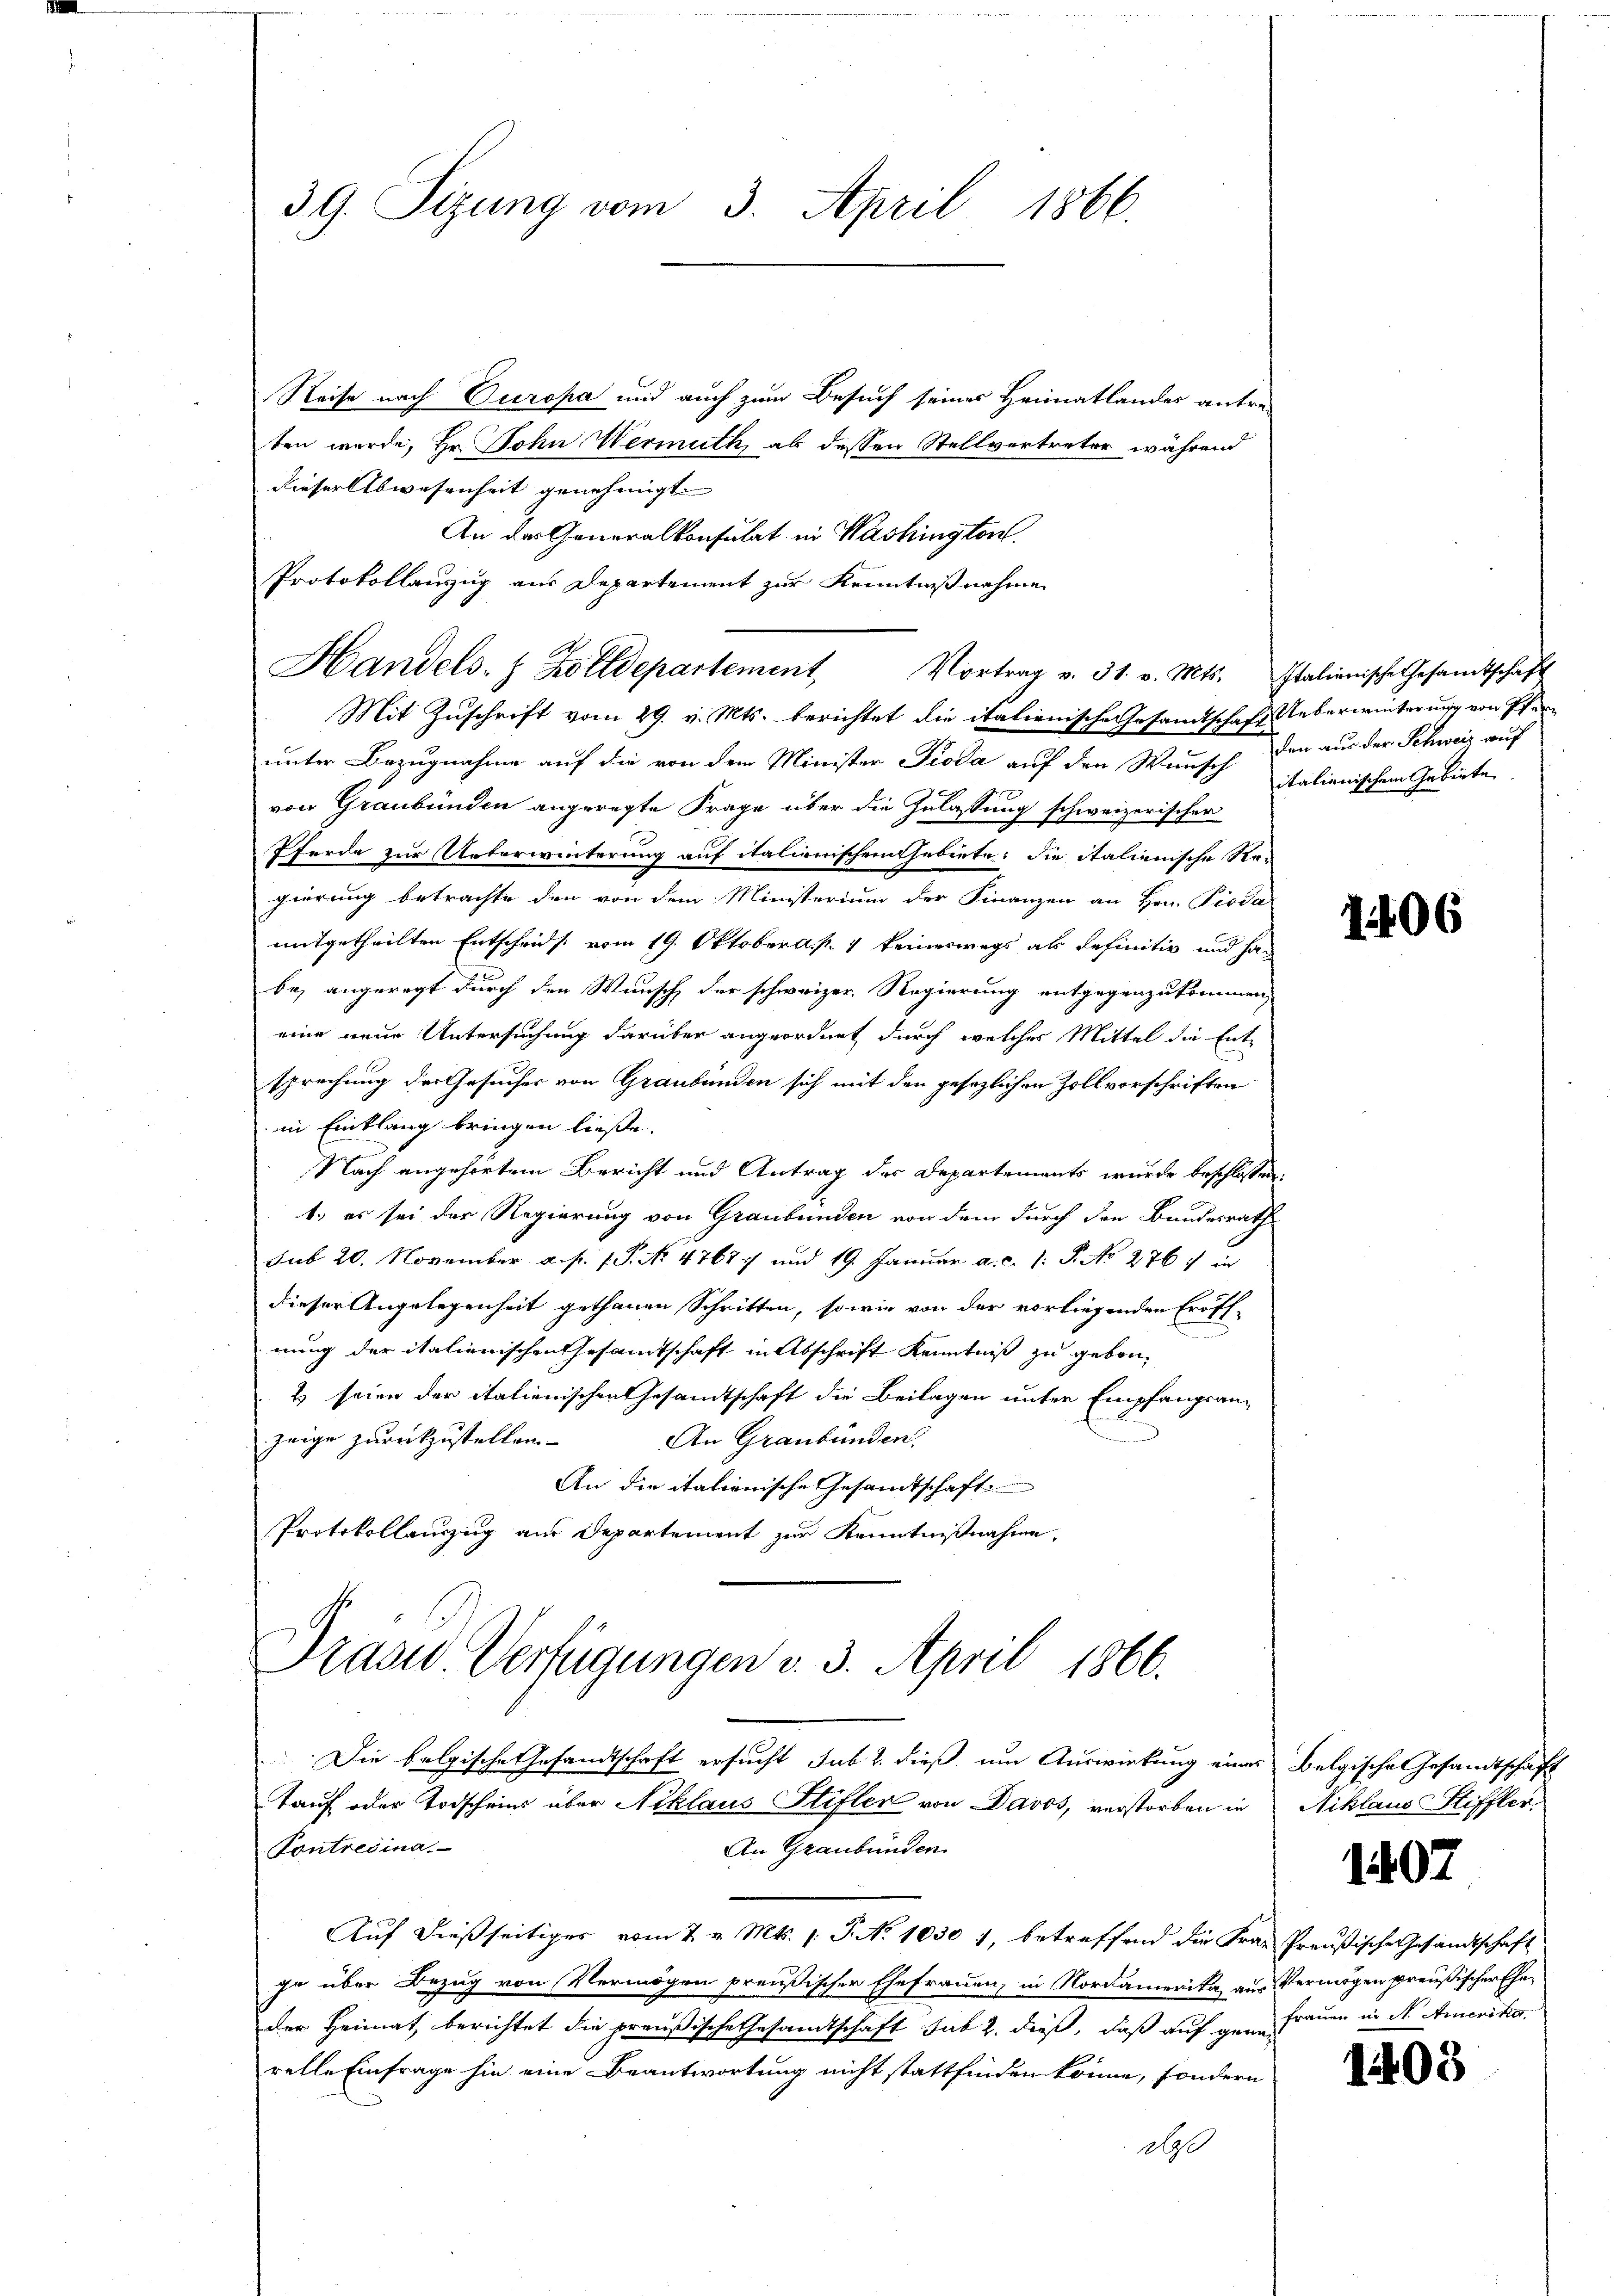
39. Sizung vom 3. April 1866.

Reise nach Europa und auch zum Besuch seines Heimatlandes antre-
ten wurde, Hr. John Hermuth, ab dessen Stellvertreter während
dieser Abwesenheit genehmigt.
An der Generalkonsulat in Washington
Protokollauszug aus Departement zur Kenntnißnahme
Mit Zuschrift vom 29. v. Mts. berichtet die italienische Gesandtschaft Ueberwinterung von Pf
unter Bezugnahme auf die von dem Minister Pioda auf den Wunsch den aus der Schweiz auf
von Graubünden angeregte Frage über die Zulassung schweizerischer
Pferde zur Ueberwinterung auf italienischen Gebiete: die italienische Re-
gierung betrachte den von dem Ministerium der Finanzen an Hrn. Pioda
mitgetheilten Entscheids vom 19. Oktobers keineswegs als definitiv und ha
be, angeregt durch der Wunsch der schweizer Regierung entgegenzukommen,
eine neue Untersuchung darüber angeordnet durch welcher Mittel die Entsprechung der Gesucher von Graubünden sich mit den gesezlichen Zollvorschriften
in Einklang bringen ließe.
Nach angehörtem Bericht und Antrag des Departements wurde beschlossen:
1. es sei der Regierung von Graubünden von dem durch den Bundesrath
sub 20. November a. p. 1. P. No 47677 und 19. Januar a. c. 1 S. No 276.
dieser Angelegenheit gethanen Schritten, sowie von der vorliegenden Eröff-
nung der italienischen Gesammtschaft in Abschrift Kenntniß zu gebor¬
& seien der italienischen Gesandtschaft die Beilagen unter Empfangsan-
zeige zurückzustellen.
An Graubünden.
An die itationische Gesandtschaft
Protokollenzug aus Departement zur Kenntnißnahme,

Handels- & Zolldepartement

Vortrag v. 31. v. Mts. Italienische Gesamtschaft

Drasid. Verfügungen v. 3. April 1866.

Die belgische Gesandtschaft ersucht sub 2. dieß, um Auswirkung eines Belgische Gesandtschaft
tauf oder Todscheins über Niklaus Stifler von Davos, verstorben in
Contresina.
An Graubünden.
Auf dießseitiges vom 2. v. Mts. /: P. No 1030 1, betreffend die Frau Preußische Gesandtschaft
ge über Bezug von Vermögen preußischer Ehefrauen, in Nordamerika, aus Vermögen preußischer Eheder Heimat berichtet die preußische Gesandtschaft sub 2. dieß, daß auf gene Frauen in Nr. Amerika.
relle Einfrage hin eine Beantwortung nicht stattfinden könne, sondern
dge

italienischem Gebiete.

1406

Niklaus Stiffler

1407

1403